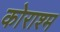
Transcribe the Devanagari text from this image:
कोराश्म